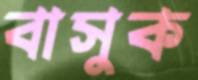
বাসুক